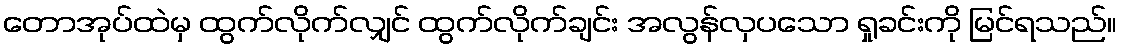
တောအုပ်ထဲမှ ထွက်လိုက်လျှင် ထွက်လိုက်ချင်း အလွန်လှပသော ရှုခင်းကို မြင်ရသည်။